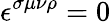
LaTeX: \epsilon^{\sigma\mu\nu\rho}=0